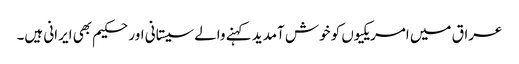
عراق میں امریکیوں کو خوش آمدید کہنے والے سیستانی اور حکیم بھی ایرانی ہیں۔